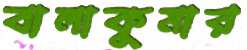
বালাকুমার